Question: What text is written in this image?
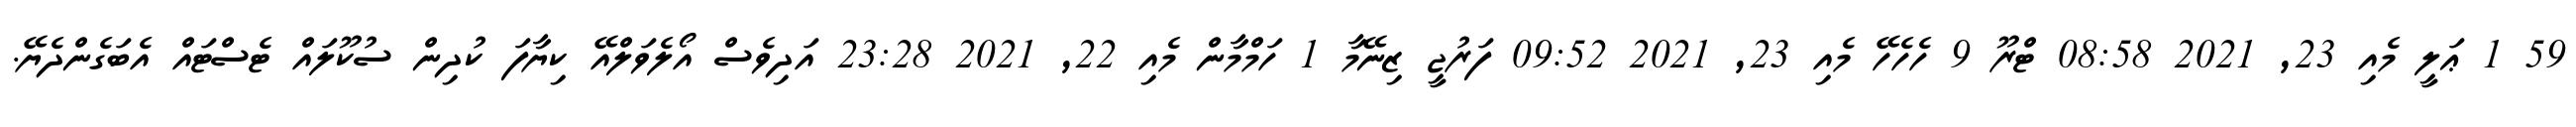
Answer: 59 1 ޢަލީ މެއި 23, 2021 08:58 ޓްރޫ 9 ހެހެހޭ މެއި 23, 2021 09:52 ފަރުޖީ ޒިނޭމާ 1 ހަމްމާން މެއި 22, 2021 23:28 އަދިވެސް އޯލެވަލްއޭ ކިޔާފަ ކުދިން ސުކޫލައް ޓެސްޓައް އެބަގެންދެޔޭ.